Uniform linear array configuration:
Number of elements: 32
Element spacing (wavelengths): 0.25
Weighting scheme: cosine
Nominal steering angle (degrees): -15
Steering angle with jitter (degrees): -15.052
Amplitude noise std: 0.05
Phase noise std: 0.05

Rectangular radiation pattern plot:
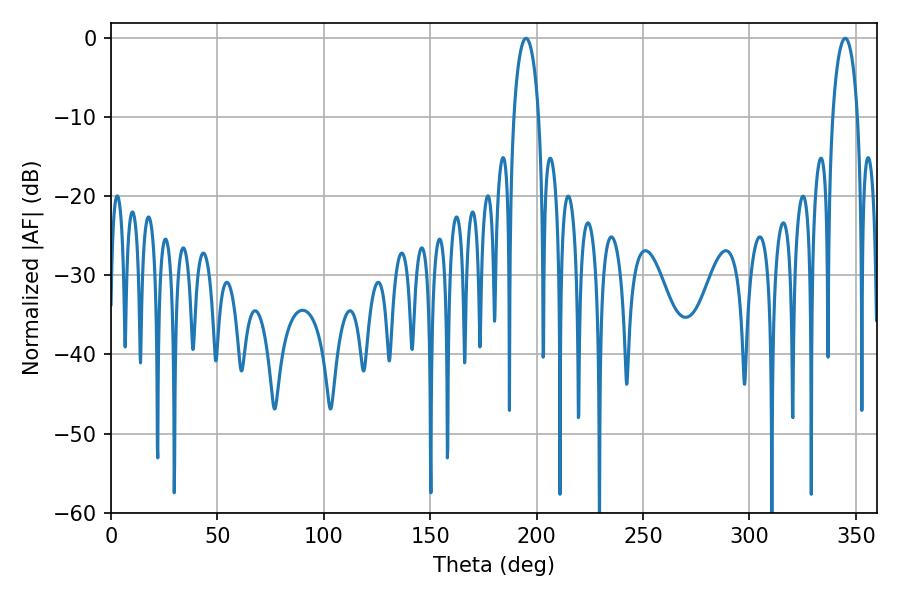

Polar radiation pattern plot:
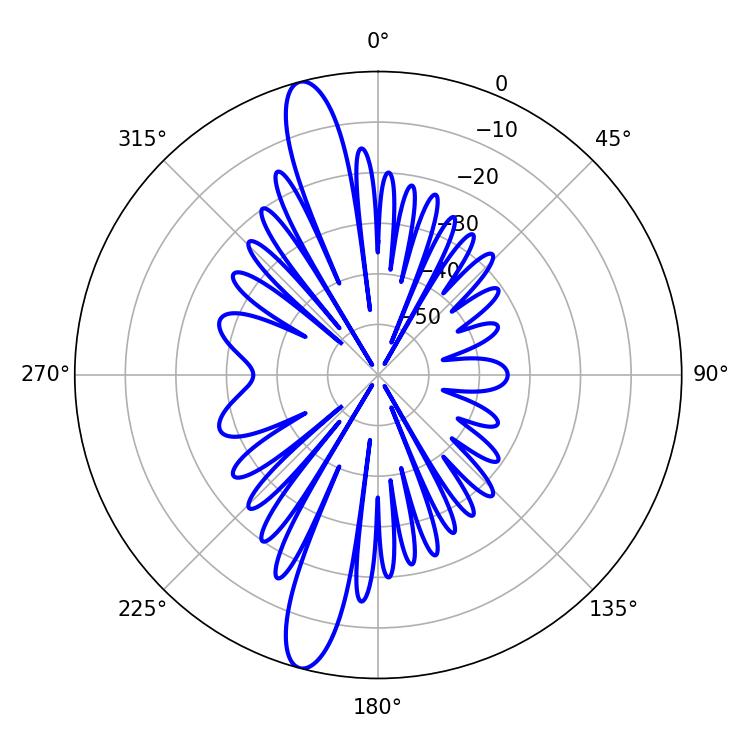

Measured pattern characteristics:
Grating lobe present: FALSE
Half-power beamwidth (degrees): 6.66
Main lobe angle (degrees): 194.94